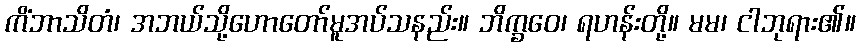
ကိံဘာသိတံ၊ အဘယ်သို့ဟောတော်မူအပ်သနည်း။ ဘိက္ခဝေ၊ ရဟန်းတို့။ မမ၊ ငါဘုရား၏။